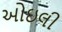
ઓઇલી